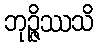
ဘုဉ္ဇိဿသိ